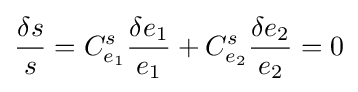
{\frac {\delta s}{s}}=C_{e_{1}}^{s}{\frac {\delta e_{1}}{e_{1}}}+C_{e_{2}}^{s}{\frac {\delta e_{2}}{e_{2}}}=0